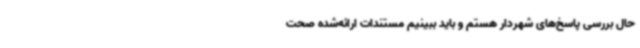
حال بررسی پاسخ‌های شهردار هستم و باید ببینیم مستندات ارائه‌شده صحت